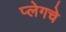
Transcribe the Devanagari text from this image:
प्लेगचे